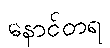
နောင်တရ